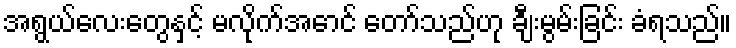
အရွယ်လေးတွေနှင့် မလိုက်အောင် တော်သည်ဟု ချီးမွမ်းခြင်း ခံရသည်။